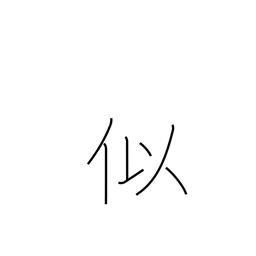
Meaning: counterfeit